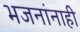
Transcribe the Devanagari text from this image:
भजनांनाही